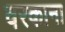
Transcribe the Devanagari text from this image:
वरकाना